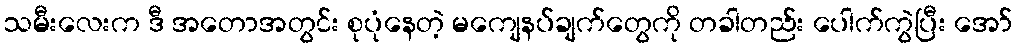
သမီးလေးက ဒီ အတောအတွင်း စုပုံနေတဲ့ မကျေနပ်ချက်တွေကို တခါတည်း ပေါက်ကွဲပြီး အော်